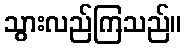
သွားလည်ကြသည်။